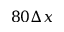
8 0 \Delta x